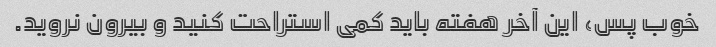
خوب پس، این آخر هفته باید کمی استراحت کنید و بیرون نروید.